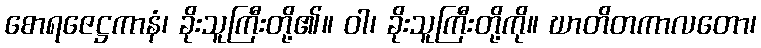
စောရဇေဋ္ဌကာနံ၊ ခိုးသူကြီးတို့၏။ ဝါ၊ ခိုးသူကြီးတို့ကို။ ဃာတိတကာလတော၊